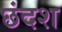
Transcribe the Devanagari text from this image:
छंदश